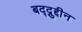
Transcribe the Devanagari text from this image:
बद्द्रुद्दीन